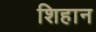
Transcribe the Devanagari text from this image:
शिहान